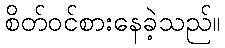
စိတ်ဝင်စားနေခဲ့သည်။